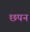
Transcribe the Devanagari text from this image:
छपन